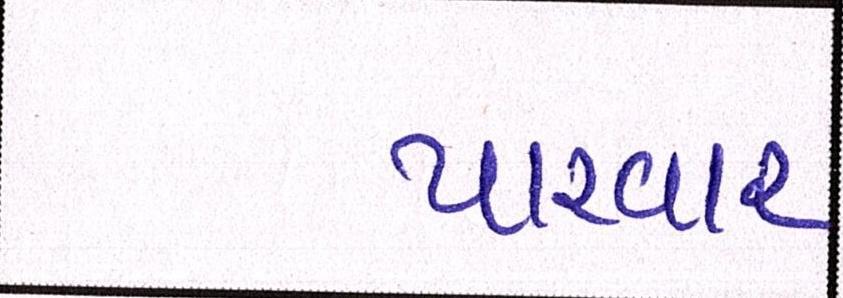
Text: પારવાર